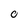
Character: 0